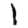
Digit: 1